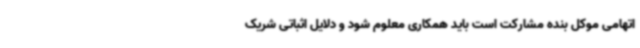
اتهامی موکل بنده مشارکت است باید همکاری معلوم شود و دلایل اثباتی شریک